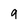
Character: 9